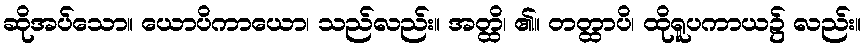
ဆိုအပ်သော။ ယောပိကာယော၊ သည်လည်း။ အတ္ထိ၊ ၏။ တတ္ထာပိ၊ ထိုရူပကာယ၌ လည်း။